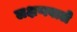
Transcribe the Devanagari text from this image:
लक्षणवाले